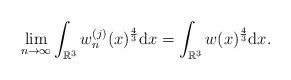
LaTeX: \begin{align*}\lim_{n\to\infty}\int_{\mathbb{R}^3}w_{n}^{(j)}(x)^{\frac{4}{3}}{\rm d}x=\int_{\mathbb{R}^3}w(x)^{\frac{4}{3}}{\rm d}x.\end{align*}